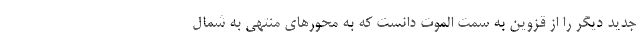
جدید دیگر را از قزوین به سمت الموت دانست که به محورهای منتهی به شمال